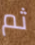
ثم